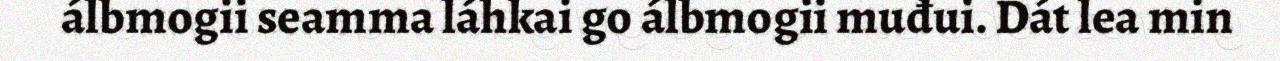
álbmogii seamma láhkai go álbmogii muđui. Dát lea min